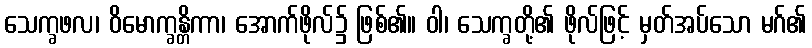
သေက္ခဖလ၊ ဝိမောက္ခန္တိကာ၊ အောက်ဖိုလ်၌ ဖြစ်၏။ ဝါ၊ သေက္ခတို့၏ ဖိုလ်ဖြင့် မှတ်အပ်သော မဂ်၏